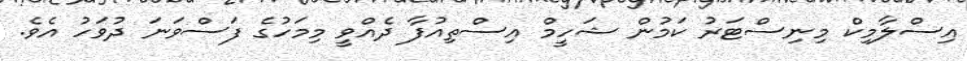
އިސްލާމިކް މިނިސްޓަރު ކަމުން ޝަހީމް އިސްތިއުފާ ދެއްވީ މިމަހުގެ ފަސްވަނަ ދުވަހު އެވެ.